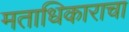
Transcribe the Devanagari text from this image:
मताधिकाराचा